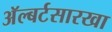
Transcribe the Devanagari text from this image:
अॅल्बर्टसारखा